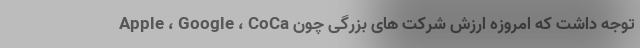
توجه داشت که امروزه ارزش شرکت های بزرگی چون Apple ، Google ، CoCa